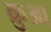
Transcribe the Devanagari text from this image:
क्रुआ